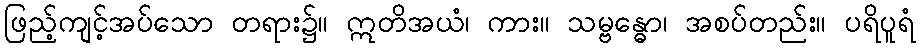
ဖြည့်ကျင့်အပ်သော တရား၌။ ဣတိအယံ၊ ကား။ သမ္ဗန္ဓော၊ အစပ်တည်း။ ပရိပူရံ